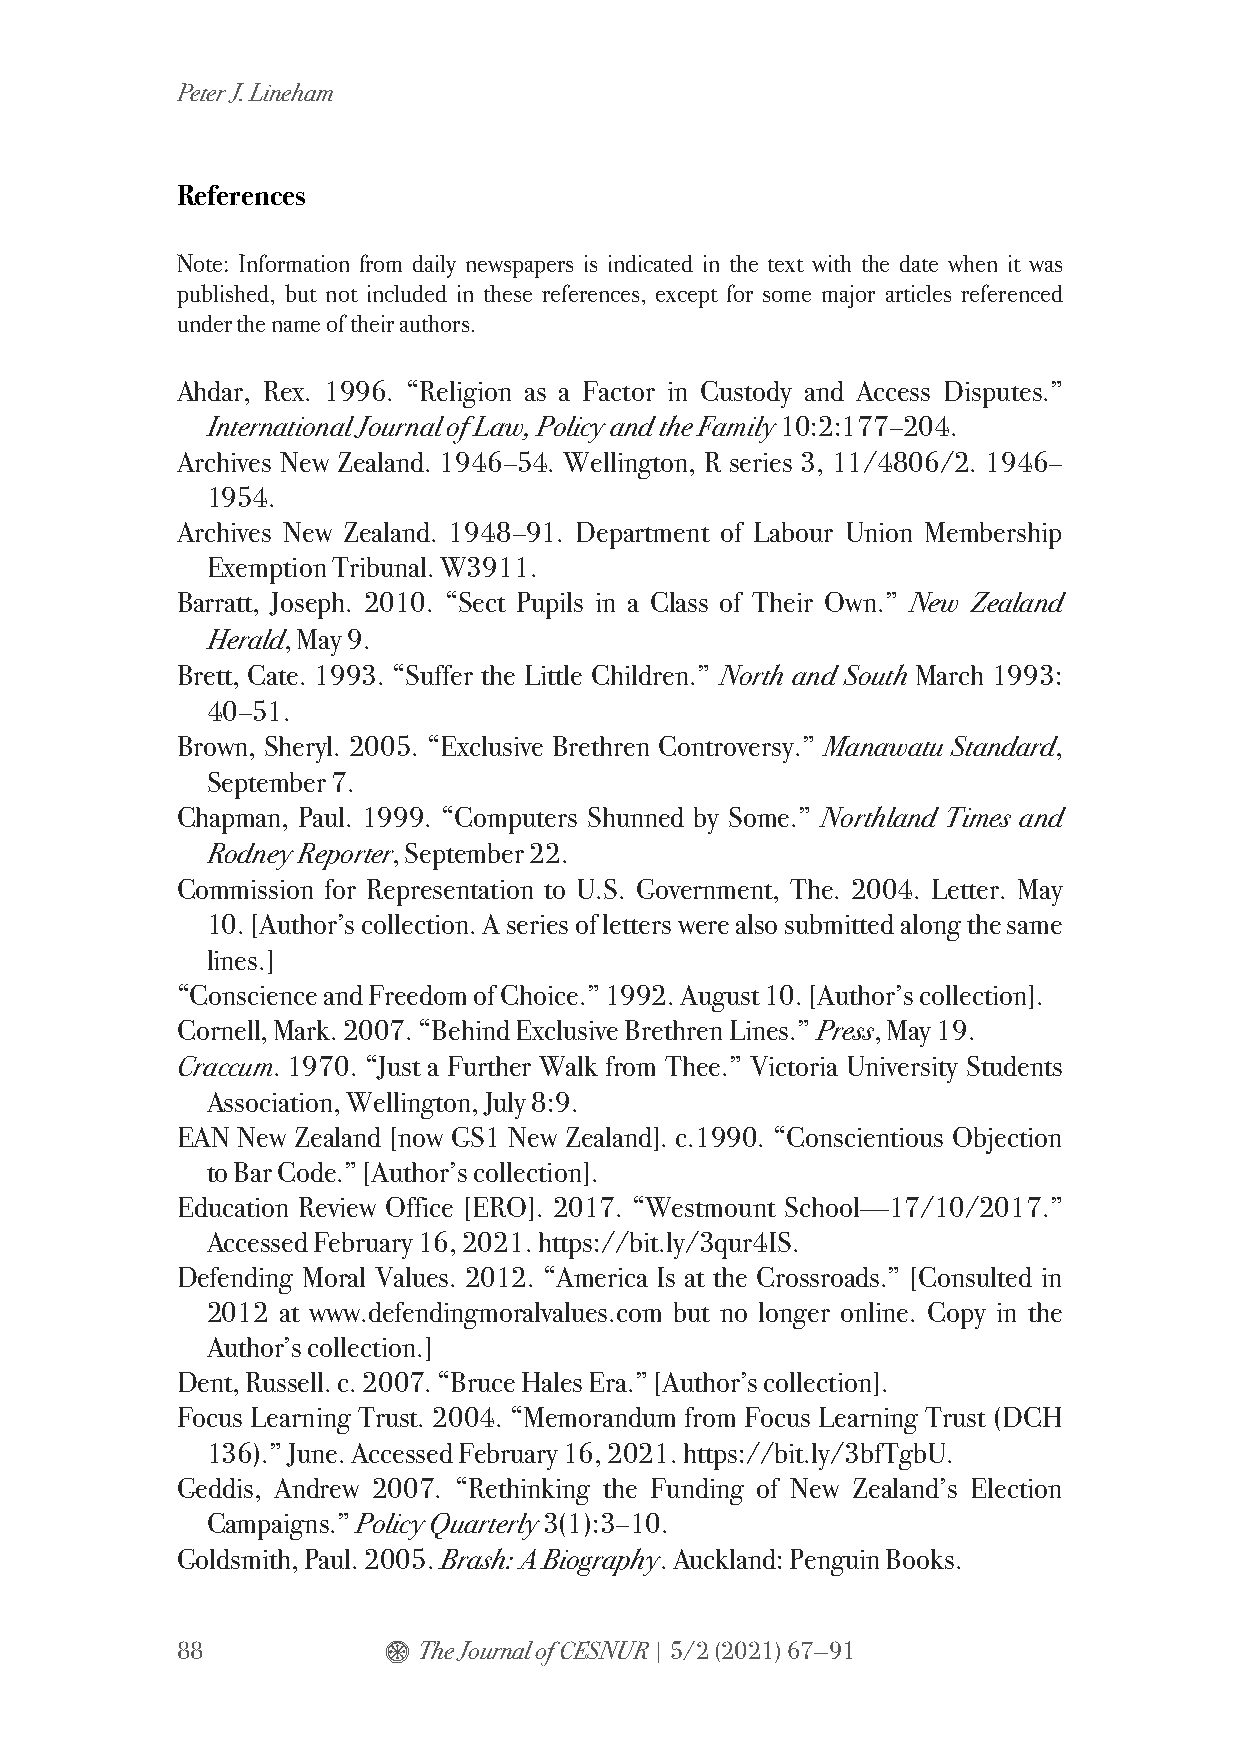
Peter J. Lineham
 References
 Note: Information from daily newspapers is indicated in the text with the date when it was
 published, but not included in these references, except for some major articles referenced
 under the name of their authors.
 Ahdar, Rex. 1996. “Religion as a Factor in Custody and Access Disputes.”
 International Journal of Law, Policy and the Family 10:2:177–204.
 Archives New Zealand. 1946–54. Wellington, R series 3, 11/4806/2. 1946–
 1954.
 Archives New Zealand. 1948–91. Department of Labour Union Membership
 Exemption Tribunal. W3911.
 Barratt, Joseph. 2010. “Sect Pupils in a Class of Their Own.” New Zealand
 Herald, May 9.
 Brett, Cate. 1993. “Suffer the Little Children.” North and South March 1993:
 40–51.
 Brown, Sheryl. 2005. “Exclusive Brethren Controversy.” Manawatu Standard,
 September 7.
 Chapman, Paul. 1999. “Computers Shunned by Some.” Northland Times and
 Rodney Reporter, September 22.
 Commission for Representation to U.S. Government, The. 2004. Letter. May
 10. [Author’s collection. A series of letters were also submitted along the same
 lines.]
 “Conscience and Freedom of Choice.” 1992. August 10. [Author’s collection].
 Cornell, Mark. 2007. “Behind Exclusive Brethren Lines.” Press, May 19.
 Craccum. 1970. “Just a Further Walk from Thee.” Victoria University Students
 Association, Wellington, July 8:9.
 EAN New Zealand [now GS1 New Zealand]. c.1990. “Conscientious Objection
 to Bar Code.” [Author’s collection].
 Education Review Office [ERO]. 2017. “Westmount School—17/10/2017.”
 Accessed February 16, 2021. https://bit.ly/3qur4IS.
 Defending Moral Values. 2012. “America Is at the Crossroads.” [Consulted in
 2012 at www.defendingmoralvalues.com but no longer online. Copy in the
 Author’s collection.]
 Dent, Russell. c. 2007. “Bruce Hales Era.” [Author’s collection].
 Focus Learning Trust. 2004. “Memorandum from Focus Learning Trust (DCH
 136).” June. Accessed February 16, 2021. https://bit.ly/3bfTgbU.
 Geddis, Andrew 2007. “Rethinking the Funding of New Zealand’s Election
 Campaigns.” Policy Quarterly 3(1):3–10.
 Goldsmith, Paul. 2005. Brash: A Biography. Auckland: Penguin Books.
 88           $  The Journal of CESNUR | 5/2 (2021) 67—91